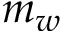
m _ { w }